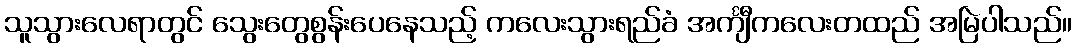
သူသွားလေရာတွင် သွေးတွေစွန်းပေနေသည့် ကလေးသွားရည်ခံ အင်္ကျီကလေးတထည် အမြဲပါသည်။